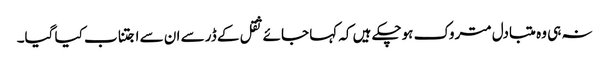
نہ ہی وہ متبادل متروک ہوچکے ہیں کہ کہا جائے ثقل کے ڈر سے ان سے اجتناب کیا گیا۔